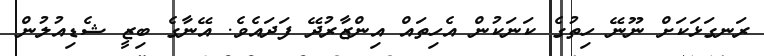
ރަނގަޅަކަށް ނޫނޭ ހިތުގެ ކަނަކުން އެހިތައް އިންޒާރުދޭ ފަދައެވެ. އޭނާގެ ބިޒީ ޝެޑިއުލުން